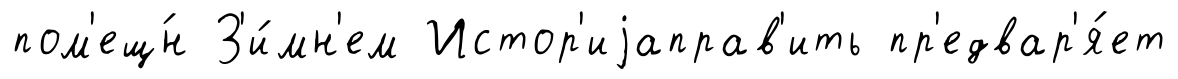
пом'ещ́н З'и́мн'ем Истор'иjаправ'ить пр'едвар'я́ет